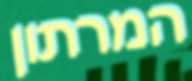
המרתון